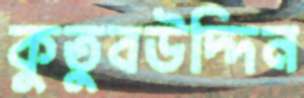
কুতুবউদ্দিন